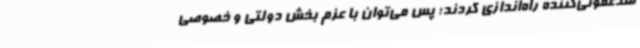
ضدعفونی‌کننده راه‌اندازی کردند؛ پس می‌توان با عزم بخش دولتی و خصوصی